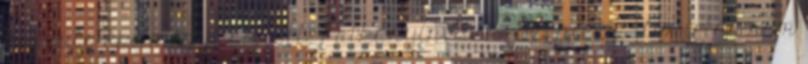
készülő építményt sújtott. Patkányinvázió Szenicén - Az irtás sem